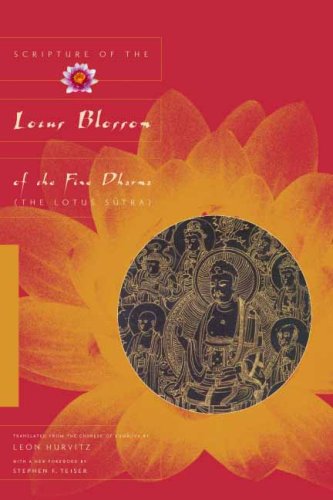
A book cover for Scripture of the Lotus Blossom of the Fine Dharma: (The Lotus Sutra) (Translations from the Asian Classics); Leon Hurvitz; Religion & Spirituality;